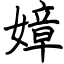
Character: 嫜